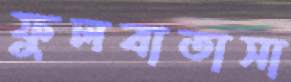
ফুলবাতাসা